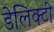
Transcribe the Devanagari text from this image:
डेलिक्टी